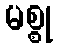
မစ္စု